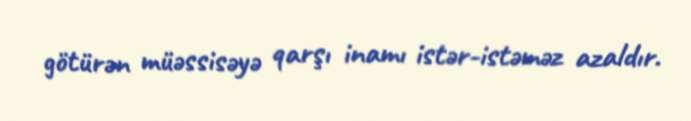
götürən müəssisəyə qarşı inamı istər-istəməz azaldır.